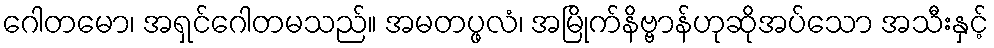
ဂေါတမော၊ အရှင်ဂေါတမသည်။ အမတပ္ဖလံ၊ အမြိုက်နိဗ္ဗာန်ဟုဆိုအပ်သော အသီးနှင့်